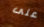
على